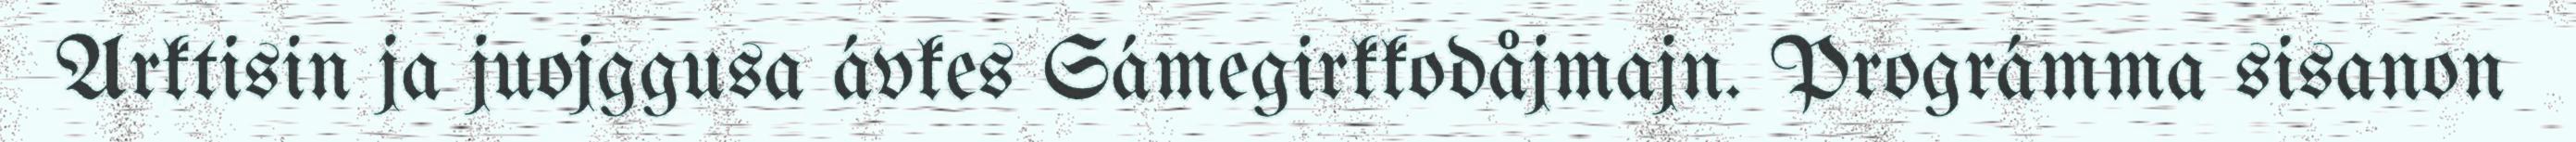
Arktisin ja juojggusa ávkes Sámegirkkodåjmajn. Prográmma sisanon